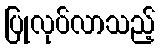
ပြုလုပ်လာသည့်